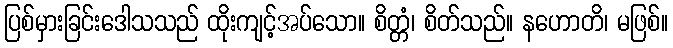
ပြစ်မှားခြင်းဒေါသသည် ထိုးကျင့်အပ်သော။ စိတ္တံ၊ စိတ်သည်။ နဟောတိ၊ မဖြစ်။